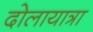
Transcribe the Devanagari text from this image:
दोलायात्रा